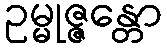
ဥမ္မုဇ္ဇန္တော